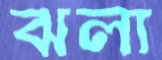
ঝলা